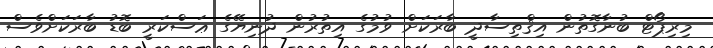
މިރިޕޯޓް ބުނާގޮތުން އިޤްތިސާދީ ބާރަކަށް ވުމުގެ އިތުރުން ދުނިޔޭގެ ޢަސްކަރީ ބޮޑު ބާރަކަށްވެސް